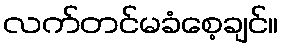
လက်တင်မခံစေ့ချင်။